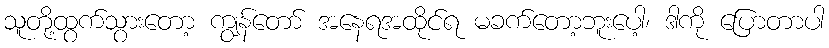
သူတို့ထွက်သွားတော့ ကျွန်တော် အနေရအထိုင်ရ မခက်တော့ဘူးပေါ့၊ ဒါကို ပြောတာပါ